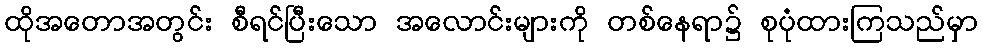
ထိုအတောအတွင်း စီရင်ပြီးသော အလောင်းများကို တစ်နေရာ၌ စုပုံထားကြသည်မှာ